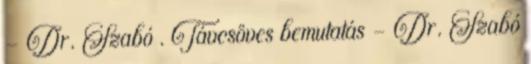
– Dr. Szabó . Távcsöves bemutatás – Dr. Szabó